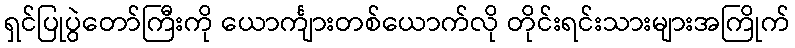
ရှင်ပြုပွဲတော်ကြီးကို ယောင်္ကျားတစ်ယောက်လို တိုင်းရင်းသားများအကြိုက်